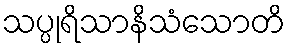
သပ္ပုရိသာနိသံသောတိ